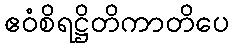
ဧဝံစိရဋ္ဌိတိကာတိပေ